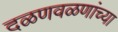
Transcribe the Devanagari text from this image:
दळणवळणांच्या